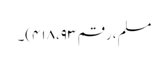
مسلم، رقم ۴۱۸،۹۳)۔